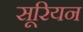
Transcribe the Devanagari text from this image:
सूरियन